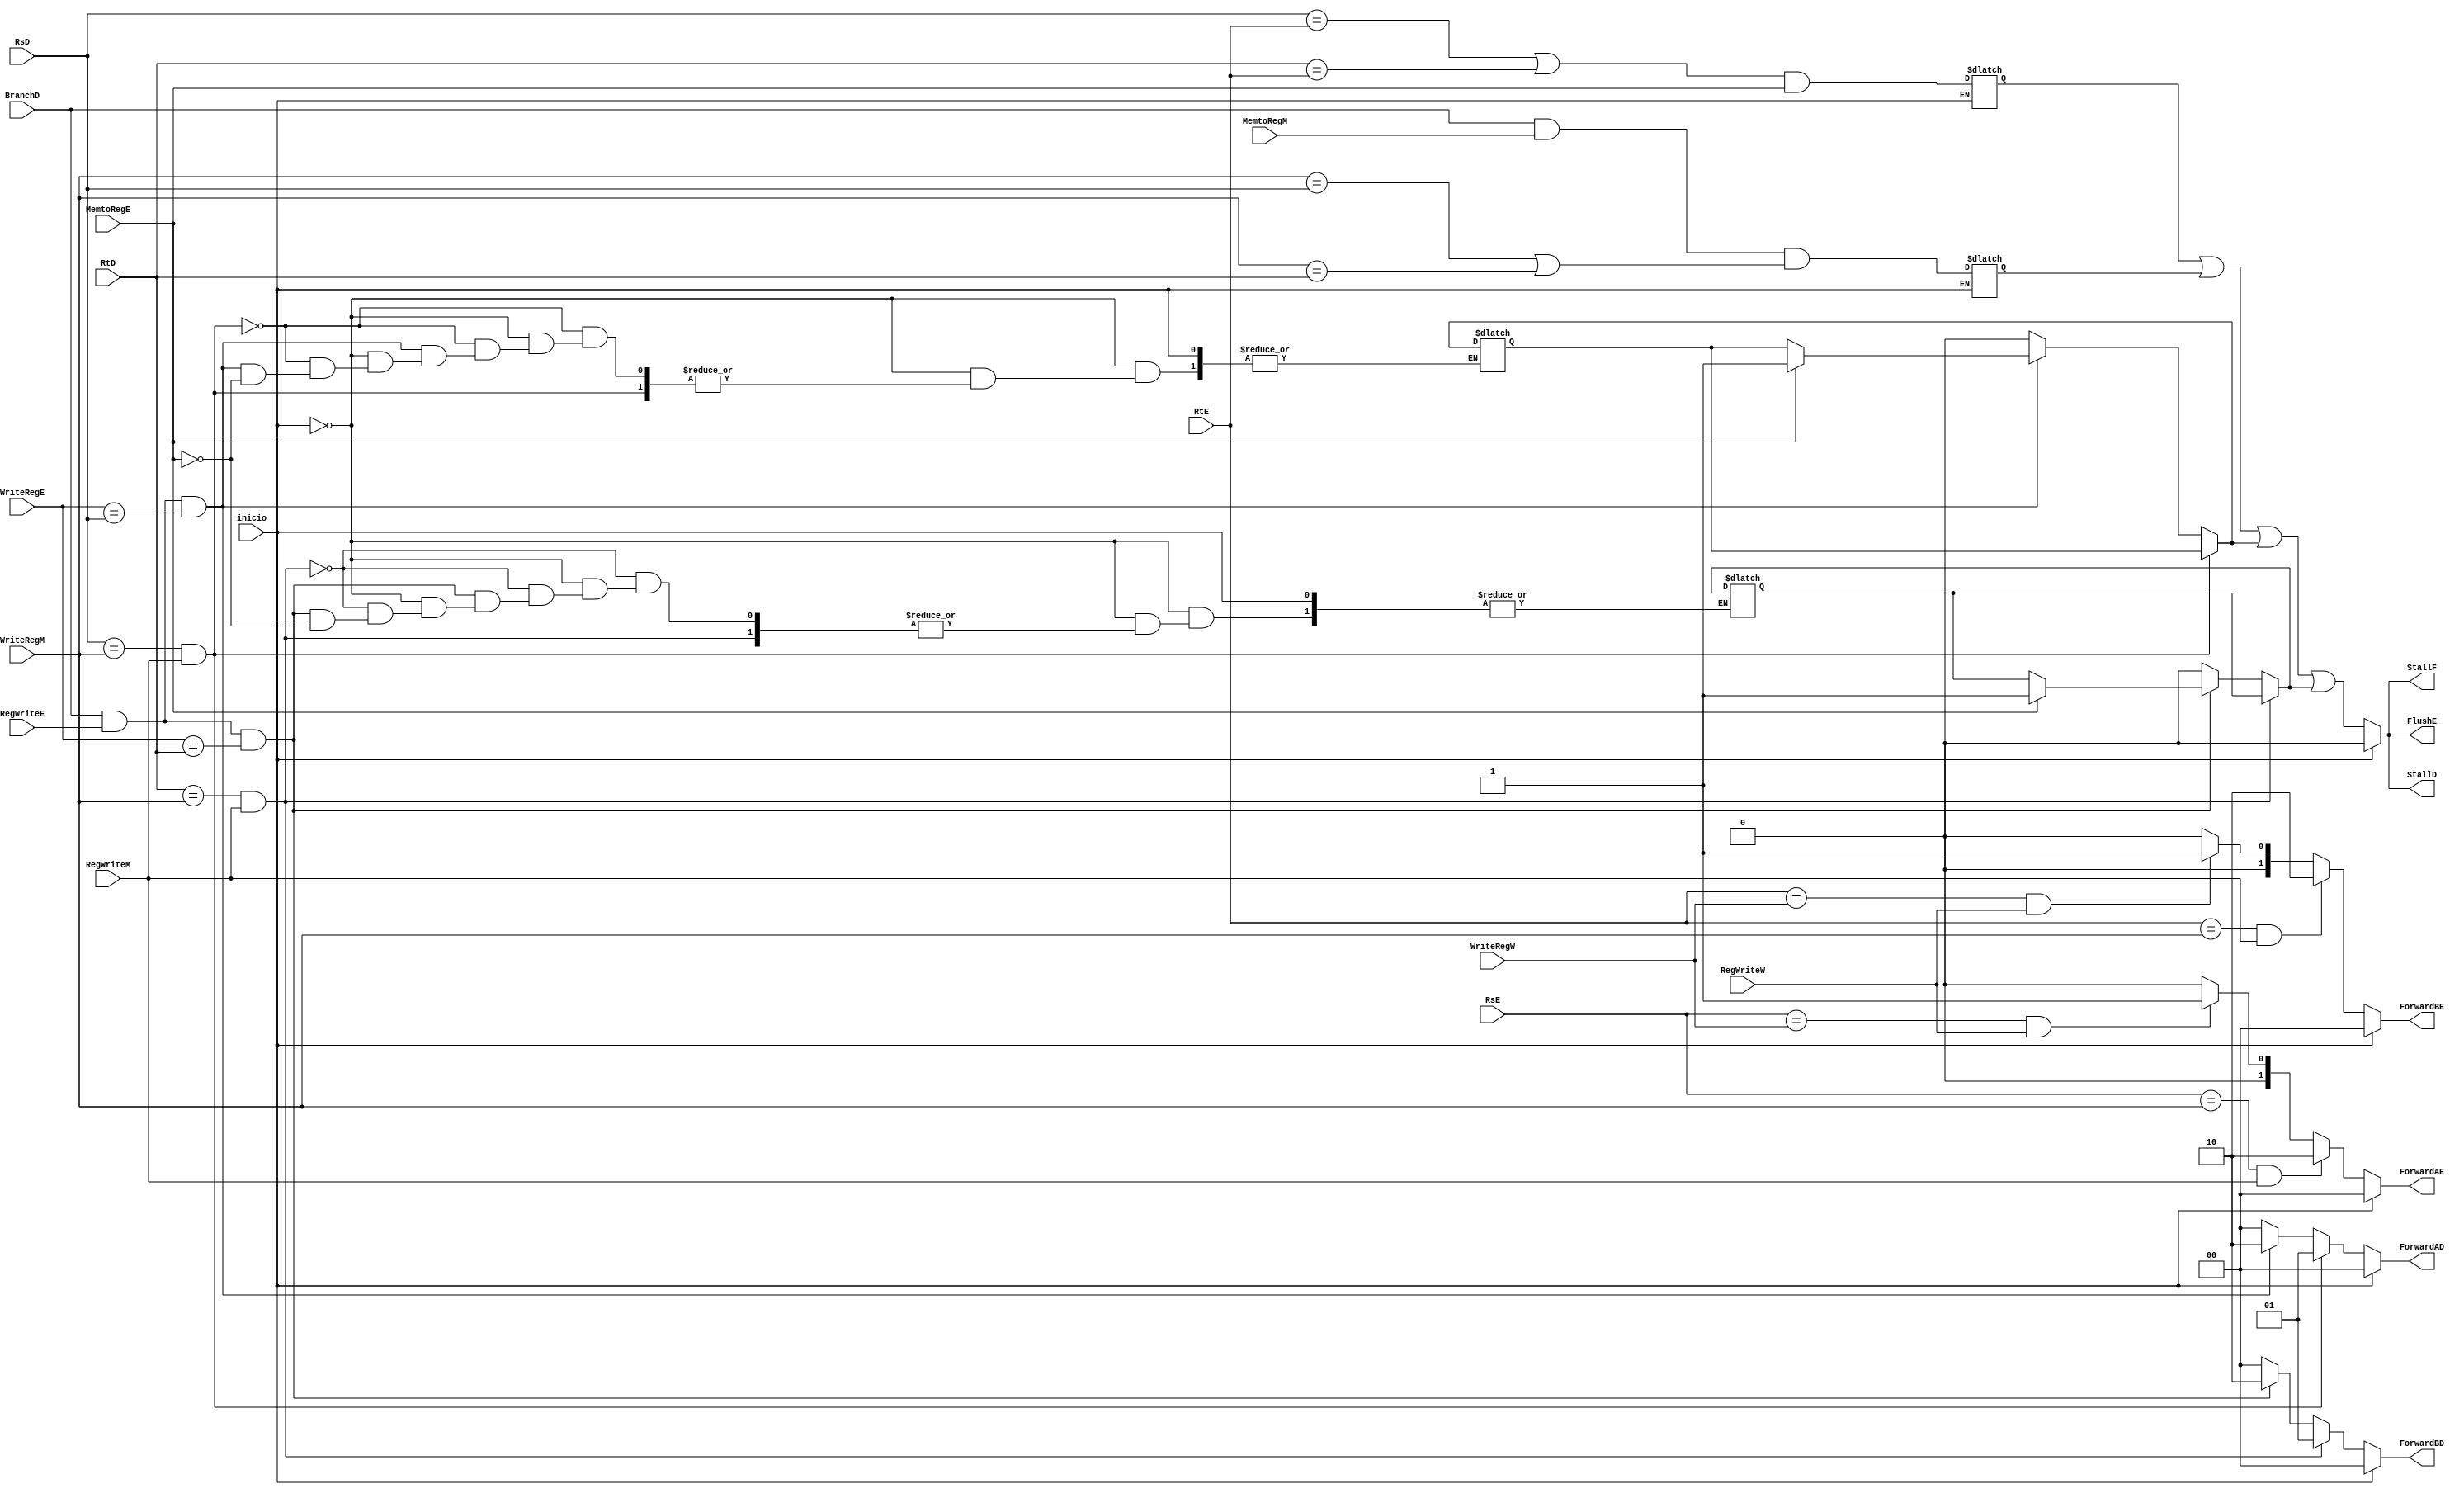
`timescale 1ns / 1ps
//////////////////////////////////////////////////////////////////////////////////
// Company: 
// Engineer: 
// 
// Design Name: 
// Module Name:    unidad_riesgos 
// Project Name: 
// Target Devices: 
// Tool versions: 
// Description: 
//
// Dependencies: 
//
// Revision: 
// Revision 0.01 - File Created
// Additional Comments: 
//
//////////////////////////////////////////////////////////////////////////////////
module unidad_riesgos(
	input wire BranchD,
	input wire [4:0]RsD,
	input wire [4:0]RtD,
	input wire [4:0]RsE,
	input wire [4:0]RtE,
	input wire [4:0]WriteRegE,
	input wire MemtoRegE,
	input wire RegWriteE,
	input wire [4:0]WriteRegM,
	input wire RegWriteM,
	input wire [4:0]WriteRegW,
	input wire RegWriteW,
	input wire MemtoRegM,
	input wire inicio,
	output reg StallF,
	output reg StallD,
	output reg [1:0]ForwardAD,
	output reg [1:0]ForwardBD,
	output reg FlushE,
	output reg [1:0]ForwardAE,
	output reg [1:0]ForwardBE
    );

reg lwstall;
reg branchstall;
reg branchstall_memtoreg_e_a; //cuando hay un memtoreg en la etapa de ex que coincide con la comparacion del branch
reg branchstall_memtoreg_e_b;

always@(*)
begin
	if(inicio)
	begin
		StallF <= 0;
		StallD <= 0;
		ForwardAD <= 0;
		ForwardBD <= 0;
		FlushE <= 0;
		ForwardAE <= 'b00;
		ForwardBE <= 'b00;
	end
	else
	begin
	
		/*
			Cortocircuitos entrada alu
		*/
		if ((RsE == WriteRegM) && RegWriteM)
		begin
			ForwardAE <= 'b10;
		end
		else 
		begin
			if ((RsE == WriteRegW) && RegWriteW) 
			begin
				ForwardAE <= 'b01;
			end
			else 
			begin
				ForwardAE <= 'b00;
			end
		end
		
		if ((RtE == WriteRegM) && RegWriteM)
		begin
			ForwardBE <= 'b10;
		end
		else 
		begin
			if ((RtE == WriteRegW) && RegWriteW) 
			begin
				ForwardBE <= 'b01;
			end
			else 
			begin
				ForwardBE <= 'b00;
			end
		end
		

		if((RsD == WriteRegM) && RegWriteM)
		begin
			//Cortocircuito cuando branch utiliza un registro que una intruccion anterior todavia no escribio y se encuentra en 
			//etapa de mem pero el resultado se encuentra en aluoutm.
			ForwardAD <= 1;
		end
		else
		begin
			/*
			Cuando compara un valor de salida de alu a ser guardado en un registro que utiliza para hacer el branch 
			cortocircuito salida de alu a la de la comparacion. La instruccion que tiene que guardar en el registro
			se encuentra en este caso en la etapa de EX			(ForwardAD = 2)
			*/
			if(BranchD && RegWriteE && (WriteRegE == RsD))
			begin
				/*Si la que coincide tiene que leer de memoria y no es una operacin de alu  y se encuentra en etapa de ex
				tengo que hacer stall para que lea la memoria*/
				if(MemtoRegE)
				begin
					branchstall_memtoreg_e_a = 1;
				end
				ForwardAD <= 2;
			end
			else
			begin
				ForwardAD <= 0;
				branchstall_memtoreg_e_a = 0;
			end
		end
		
		
		//ForwardBD <= (RtD == WriteRegM) && RegWriteM;
		
		if((RtD == WriteRegM) && RegWriteM)
		begin
			/*ALUOutM al comparador desde BD*/
			ForwardBD <= 1;
		end
		else
		begin
			if(BranchD && RegWriteE && (WriteRegE == RtD))
			begin
				/*Si la que coincide tiene que leer de memoria y no es una operacin de alu*/
				if(MemtoRegE)
				begin
					branchstall_memtoreg_e_b = 1;
				end
				ForwardBD <= 2;
			end
			else
			begin
				ForwardBD <= 0;
				branchstall_memtoreg_e_b = 0;
			end
		end
		
		/*
			Detiene cuando hay un load en la etapa ex y el registro destino
			lo utiliza como parametro la instruccion que le sigue.
		*/
		lwstall <=((RsD == RtE) || (RtD == RtE)) && MemtoRegE;
		
		/*
		Para mi (BranchD && RegWriteE && (WriteRegE == RsD || WriteRegE == RtD))
		no es necesario que esto haga stall, puede hacer un cortocircuito con la salida de la alu en etapa de ex (ALUOut)
		*/
		//branchstall <= (BranchD && RegWriteE && (WriteRegE == RsD || WriteRegE == RtD)) || (BranchD && MemtoRegM && (WriteRegM == RsD || WriteRegM == RtD));
		/*
			Se hace stall cuando hay una operacion que tiene que leer de memoria y guardar en un registro que esta siendo comparado
			por un branch en la etapa de ID, si la operacion de lectura se encuentra en etapa de EX es detectada arriba
			si esta en la etapa de mem es la comparacion de aca (branchstall)
		*/
		branchstall <= (BranchD && MemtoRegM && (WriteRegM == RsD || WriteRegM == RtD));
		StallF <= (lwstall || branchstall || branchstall_memtoreg_e_a || branchstall_memtoreg_e_b);
		StallD <= (lwstall || branchstall || branchstall_memtoreg_e_a || branchstall_memtoreg_e_b);
		FlushE <= (lwstall || branchstall || branchstall_memtoreg_e_a || branchstall_memtoreg_e_b);
		
	end
end
endmodule